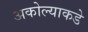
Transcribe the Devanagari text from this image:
अकोल्याकडे